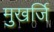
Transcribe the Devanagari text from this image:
मुखर्जि